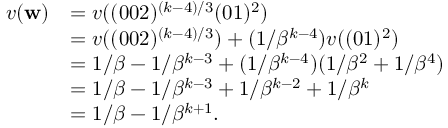
\begin{array} { r l } { v ( \mathbf w ) } & { = v ( ( 0 0 2 ) ^ { ( k - 4 ) / 3 } ( 0 1 ) ^ { 2 } ) } \\ & { = v ( ( 0 0 2 ) ^ { ( k - 4 ) / 3 } ) + ( 1 / \beta ^ { k - 4 } ) v ( ( 0 1 ) ^ { 2 } ) } \\ & { = 1 / \beta - 1 / \beta ^ { k - 3 } + ( 1 / \beta ^ { k - 4 } ) ( 1 / \beta ^ { 2 } + 1 / \beta ^ { 4 } ) } \\ & { = 1 / \beta - 1 / \beta ^ { k - 3 } + 1 / \beta ^ { k - 2 } + 1 / \beta ^ { k } } \\ & { = 1 / \beta - 1 / \beta ^ { k + 1 } . } \end{array}